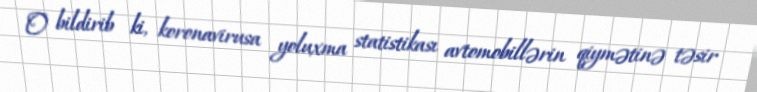
O bildirib ki, koronavirusa yoluxma statistikası avtomobillərin qiymətinə təsir